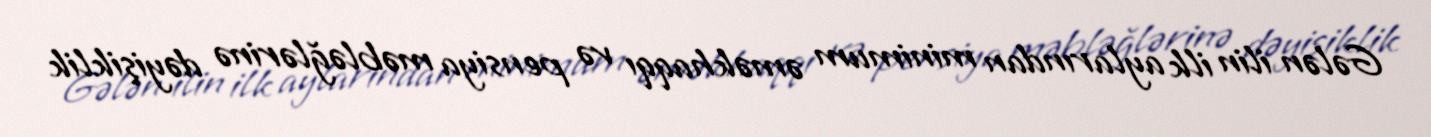
Gələn ilin ilk aylarından minimum əməkhaqqı və pensiya məbləğlərinə dəyişiklik